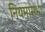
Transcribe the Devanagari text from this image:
नियमासभा